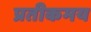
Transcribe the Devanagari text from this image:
प्रतीकमय